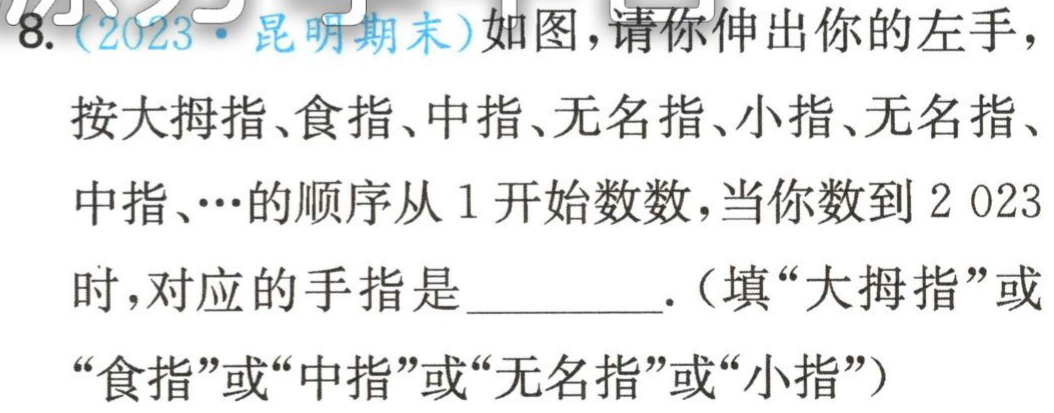
8.(2023·昆明期末)如图，请你伸出你的左手，
按大拇指、食指、中指、无名指、小指、无名指、
中指、…的顺序从1开始数数，当你数到2 023
时，对应的手指是_________ .（填“大拇指”或
“食指”或“中指”或“无名指”或“小指”）